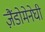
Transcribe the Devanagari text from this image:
ज़ैंडोमेनेघी